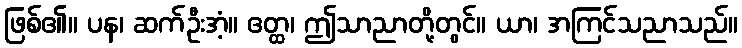
ဖြစ်၏။ ပန၊ ဆက်ဦးအံ့။ ဧတ္ထ၊ ဤသာညာတို့တွင်။ ယာ၊ အကြင်သညာသည်။